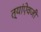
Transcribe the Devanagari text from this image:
त्यांऐवजी